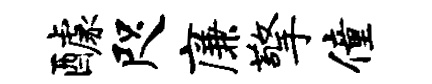
醵咫廉擎僮